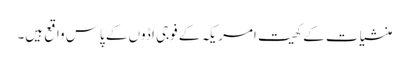
منشیات کے کھیت امریکہ کے فوجی اڈوں کے پاس واقع ہیں۔